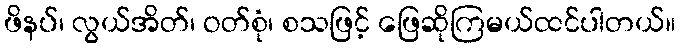
ဖိနပ်၊ လွယ်အိတ်၊ ဝတ်စုံ၊ စသဖြင့် ဖြေဆိုကြမယ်ထင်ပါတယ်။